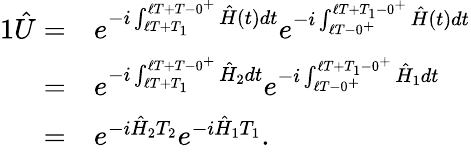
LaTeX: \begin{array}{rl}{{1}\hat{U}=}&{e^{-i\int_{\ell T+T_{1}}^{\ell T+T-0^{+}}\hat{H}(t)dt}e^{-i\int_{\ell T-0^{+}}^{\ell T+T_{1}-0^{+}}\hat{H}(t)dt}}\\ {=}&{e^{-i\int_{\ell T+T_{1}}^{\ell T+T-0^{+}}\hat{H}_{2}dt}e^{-i\int_{\ell T-0^{+}}^{\ell T+T_{1}-0^{+}}\hat{H}_{1}dt}}\\ {=}&{e^{-i\hat{H}_{2}T_{2}}e^{-i\hat{H}_{1}T_{1}}.}\end{array}